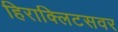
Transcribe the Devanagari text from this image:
हिराक्लिटसवर